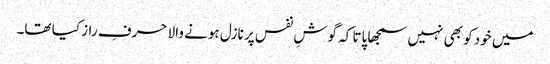
میں خود کو بھی نہیں سمجھا پاتا کہ گوشِ نفس پر نازل ہونے والا حرفِ راز کیا تھا۔